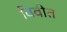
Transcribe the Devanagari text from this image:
विवीत